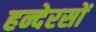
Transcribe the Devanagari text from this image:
हन्देरसों